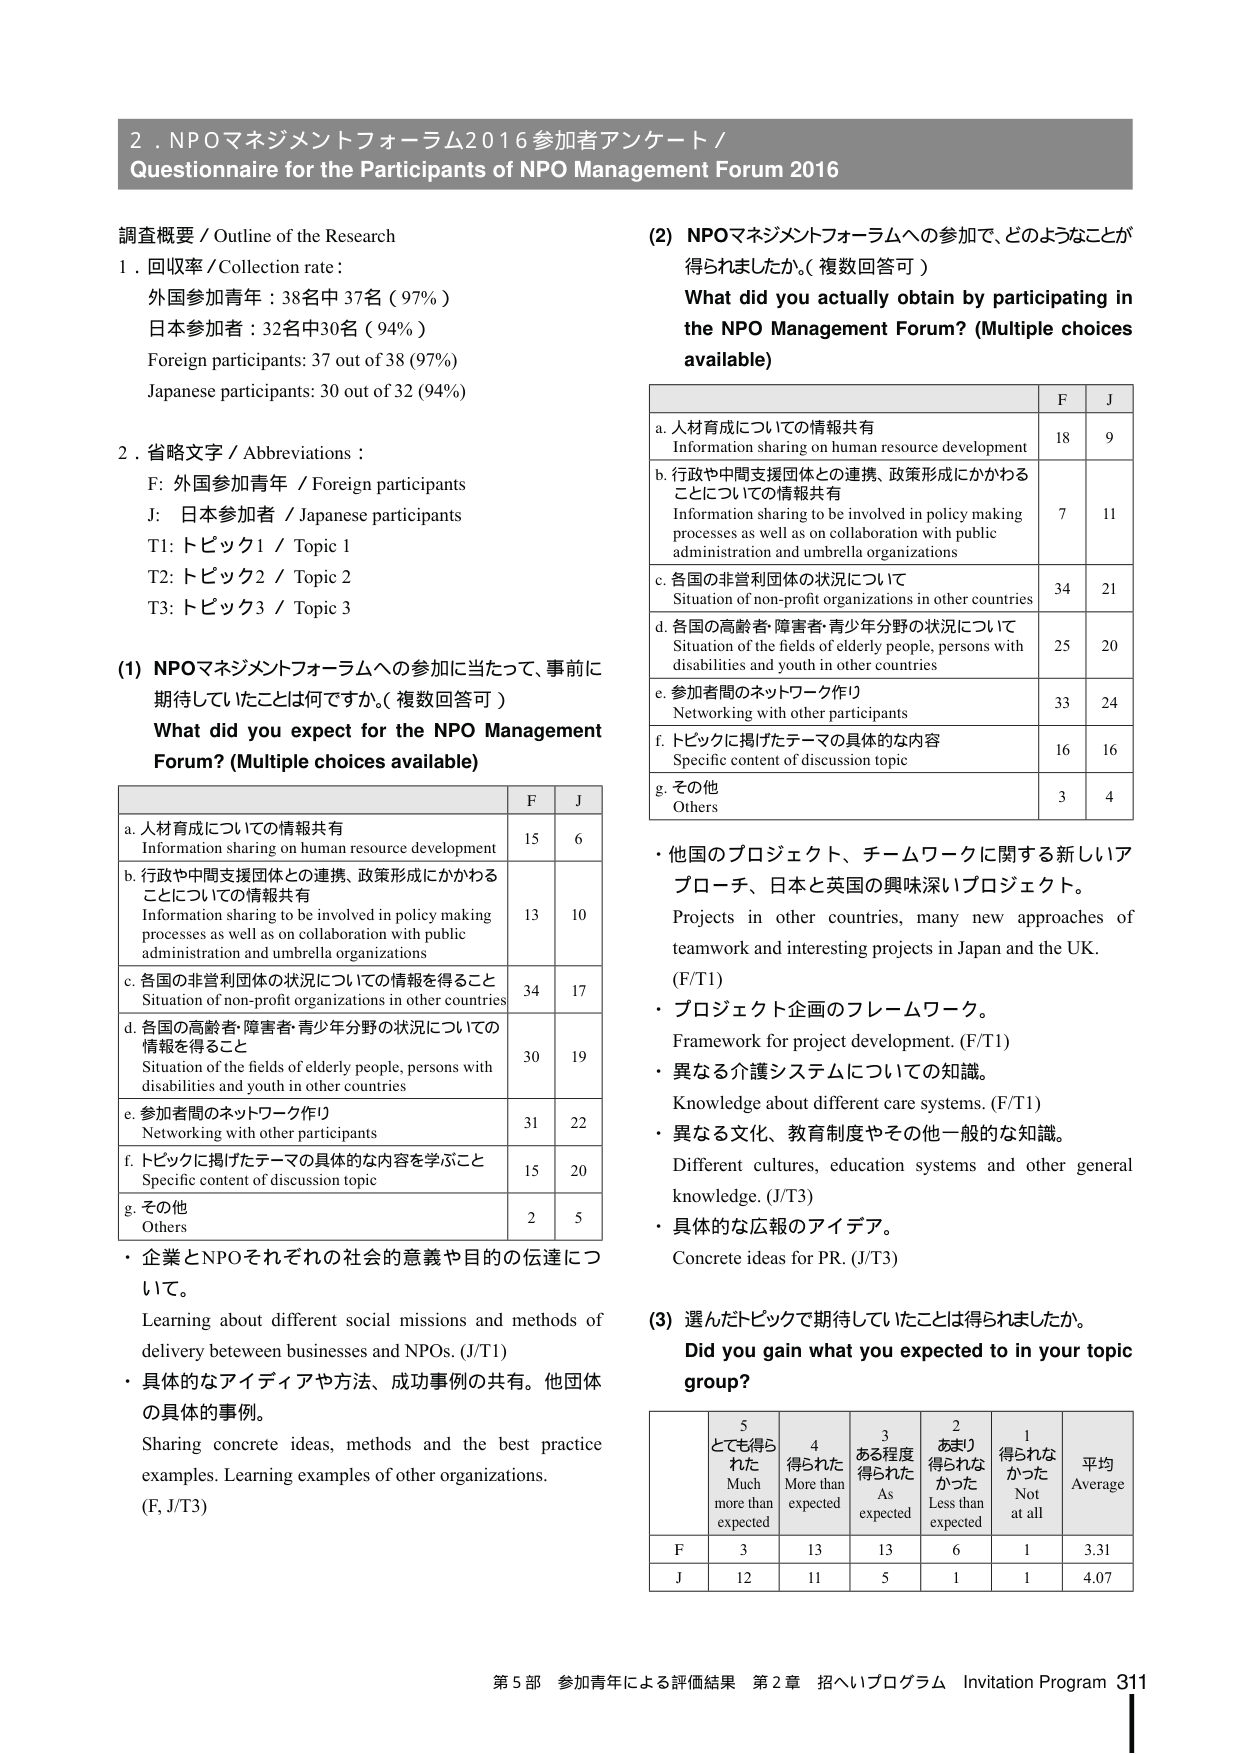
2．NPOマネジメントフォーラム2016 参加者アンケート／
Questionnaire for the Participants of NPO Management Forum 2016

調査概要／Outline of the Research
1．回収率／Collection rate：
外国参加青年：38名中37名（97％）
日本参加者：32名中30名（94％）
Foreign participants: 37 out of 38 (97%)
Japanese participants: 30 out of 32 (94%)

2．省略文字／Abbreviations：
F: 外国参加青年／Foreign participants
J: 日本参加者／Japanese participants
T1: トピック1／Topic 1
T2: トピック2／Topic 2
T3: トピック3／Topic 3

(1) NPOマネジメントフォーラムへの参加に当たって、事前に期待していたことは何ですか。（複数回答可）
What did you expect for the NPO Management Forum? (Multiple choices available)

a. 人材育成についての情報共有
Information sharing on human resource development
F 15 J 6

b. 行政や中間支援団体との連携、政策形成にかかわることについての情報共有
Information sharing to be involved in policy making processes as well as on collaboration with public administration and umbrella organizations
F 13 J 10

c. 各国の非営利団体の状況についての情報を得ること
Situation of non-profit organizations in other countries
F 34 J 17

d. 各国の高齢者・障害者・青少年分野の状況についての情報を得ること
Situation of the fields of elderly people, persons with disabilities and youth in other countries
F 30 J 19

e. 参加者間のネットワーク作り
Networking with other participants
F 31 J 22

f. トピックに掲げたテーマの具体的な内容を学ぶこと
Specific content of discussion topic
F 15 J 20

g. その他
Others
F 2 J 5

・企業とNPOそれぞれの社会的意義や目的の伝達について。
Learning about different social missions and methods of delivery between businesses and NPOs. (J/T1)
・具体的なアイディアや方法、成功事例の共有。他団体の具体的事例。
Sharing concrete ideas, methods and the best practice examples. Learning examples of other organizations. (F, J/T3)

(2) NPOマネジメントフォーラムへの参加で、どのようなことが得られましたか。（複数回答可）
What did you actually obtain by participating in the NPO Management Forum? (Multiple choices available)

a. 人材育成についての情報共有
Information sharing on human resource development
F 18 J 9

b. 行政や中間支援団体との連携、政策形成にかかわることについての情報共有
Information sharing to be involved in policy making processes as well as on collaboration with public administration and umbrella organizations
F 7 J 11

c. 各国の非営利団体の状況について
Situation of non-profit organizations in other countries
F 34 J 21

d. 各国の高齢者・障害者・青少年分野の状況について
Situation of the fields of elderly people, persons with disabilities and youth in other countries
F 25 J 20

e. 参加者間のネットワーク作り
Networking with other participants
F 33 J 24

f. トピックに掲げたテーマの具体的な内容
Specific content of discussion topic
F 16 J 16

g. その他
Others
F 3 J 4

・他国のプロジェクト、チームワークに関する新しいアプローチ、日本と英国の興味深いプロジェクト。
Projects in other countries, many new approaches of teamwork and interesting projects in Japan and the UK. (F/T1)
・プロジェクト企画のフレームワーク。
Framework for project development. (F/T1)
・異なる介護システムについての知識。
Knowledge about different care systems. (F/T1)
・異なる文化、教育制度やその他一般的な知識。
Different cultures, education systems and other general knowledge. (J/T3)
・具体的な広報のアイデア。
Concrete ideas for PR. (J/T3)

(3) 選んだトピックで期待していたことは得られましたか。
Did you gain what you expected to in your topic group?

5 とても得られた
Much more than expected
4 得られた
More than expected
3 ある程度得られた
As expected
2 あまり得られなかった
Less than expected
1 得られなかった
Not at all
平均
Average

F 3 13 13 6 1 3.31
J 12 11 5 1 1 4.07

第5部 参加青年による評価結果 第2章 招へいプログラム Invitation Program 311